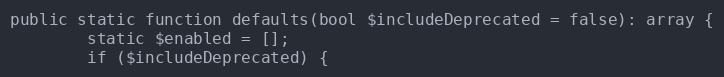
Language: PHP
public static function defaults(bool $includeDeprecated = false): array {
        static $enabled = [];
        if ($includeDeprecated) {